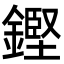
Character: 鏗